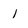
Character: 1